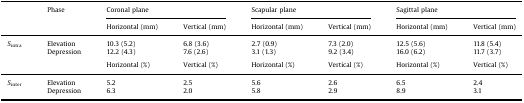
<table><thead><tr><td></td><td><b>Phase</b></td><td colspan="2"><b>Coronal plane</b></td><td colspan="2"><b>Scapular plane</b></td><td colspan="2"><b>Sagittal plane</b></td></tr><tr><td></td><td></td><td><b>Horizontal (mm)</b></td><td><b>Vertical (mm)</b></td><td><b>Horizontal (mm)</b></td><td><b>Vertical (mm)</b></td><td><b>Horizontal (mm)</b></td><td><b>Vertical (mm)</b></td></tr></thead><tbody><tr><td><i>S</i><sub>intra</sub></td><td>Elevation</td><td>10.3 (5.2)</td><td>6.8 (3.6)</td><td>2.7 (0.9)</td><td>7.3 (2.0)</td><td>12.5 (5.6)</td><td>11.8 (5.4)</td></tr><tr><td>Depression</td><td>12.2 (4.3)</td><td>7.6 (2.6)</td><td>3.1 (1.3)</td><td>9.2 (3.4)</td><td>16.0 (6.2)</td><td>11.7 (3.7)</td></tr><tr><td colspan="8">  </td></tr><tr><td></td><td></td><td>Horizontal (%)</td><td>Vertical (%)</td><td>Horizontal (%)</td><td>Vertical (%)</td><td>Horizontal (%)</td><td>Vertical (%)</td></tr><tr><td><i>S</i><sub>inter</sub></td><td>Elevation</td><td>5.2</td><td>2.5</td><td>5.6</td><td>2.6</td><td>6.5</td><td>2.4</td></tr><tr><td>Depression</td><td>6.3</td><td>2.0</td><td>5.8</td><td>2.9</td><td>8.9</td><td>3.1</td></tr></tbody></table>